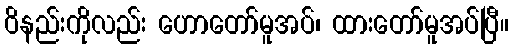
ဝိနည်းကိုလည်း ဟောတော်မူအပ်၊ ထားတော်မူအပ်ပြီ။